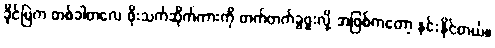
ခိုင်မြဲက တစ်ခါတလေ ဖိုးသက်ဆိုက်ကားကို တက်တက်ခွဖူးလို့ အဖြစ်ကတော့ နင်းနိုင်တယ်။